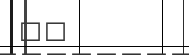
١٣